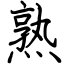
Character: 熟